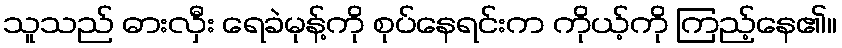
သူသည် ဓားလှီး ရေခဲမုန့်ကို စုပ်နေရင်းက ကိုယ့်ကို ကြည့်နေ၏။